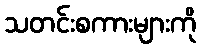
သတင်းစကားများကို